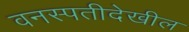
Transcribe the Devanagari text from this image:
वनस्पतीदेखील